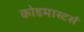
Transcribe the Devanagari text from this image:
कोडमास्टर्स